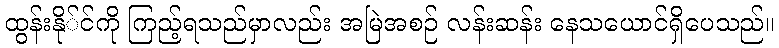
ထွန်းနို်င်ကို ကြည့်ရသည်မှာလည်း အမြဲအစဉ် လန်းဆန်း နေသယောင်ရှိပေသည်။